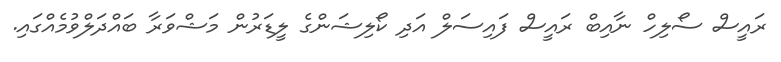
ރައީސް ސޯލިހް ނާއިބް ރައީސް ފައިސަލް އަދި ކޯލިޝަންގެ ލީޑަރުން މަޝްވަރާ ބައްދަލްވުމެއްގައި.